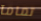
تمامآ